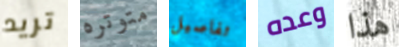
تريد متوتره تفاصيل وعده هذا